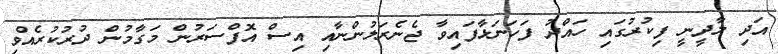
އަދި ލާދީނީ ފިކުރުގައި ހައްދު ފަހަނަޅާފައިވާ ޖެނެރަލުންނާއި އިސް އޮފްސަރުން މަގާމުން ދުރުކުރެއްވި